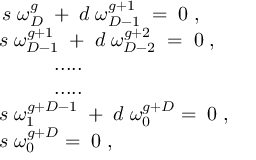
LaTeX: \begin{array} { l } { { \, s \; \omega _ { D } ^ { g } \; + \; d \; \omega _ { D - 1 } ^ { g + 1 } \; = \; 0 \; , } } \\ { { s \; \omega _ { D - 1 } ^ { g + 1 } \; + \; d \; \omega _ { D - 2 } ^ { g + 2 } \; = \; 0 \; , } } \\ { { \; \; \; \; \; \; \; \; \; \; . . . . . } } \\ { { \; \; \; \; \; \; \; \; \; \; . . . . . } } \\ { { s \; \omega _ { 1 } ^ { g + D - 1 } \; + \; d \; \omega _ { 0 } ^ { g + D } = \; 0 \; , } } \\ { { s \; \omega _ { 0 } ^ { g + D } = \; 0 \; , } } \end{array}